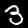
Label: 3